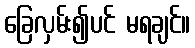
ခြေလှမ်း၍ပင် မရချင်။